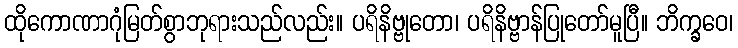
ထိုကောဏာဂုံမြတ်စွာဘုရားသည်လည်း။ ပရိနိဗ္ဗုတော၊ ပရိနိဗ္ဗာန်ပြုတော်မူပြီ။ ဘိက္ခဝေ၊